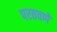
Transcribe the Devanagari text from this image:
परतवणे